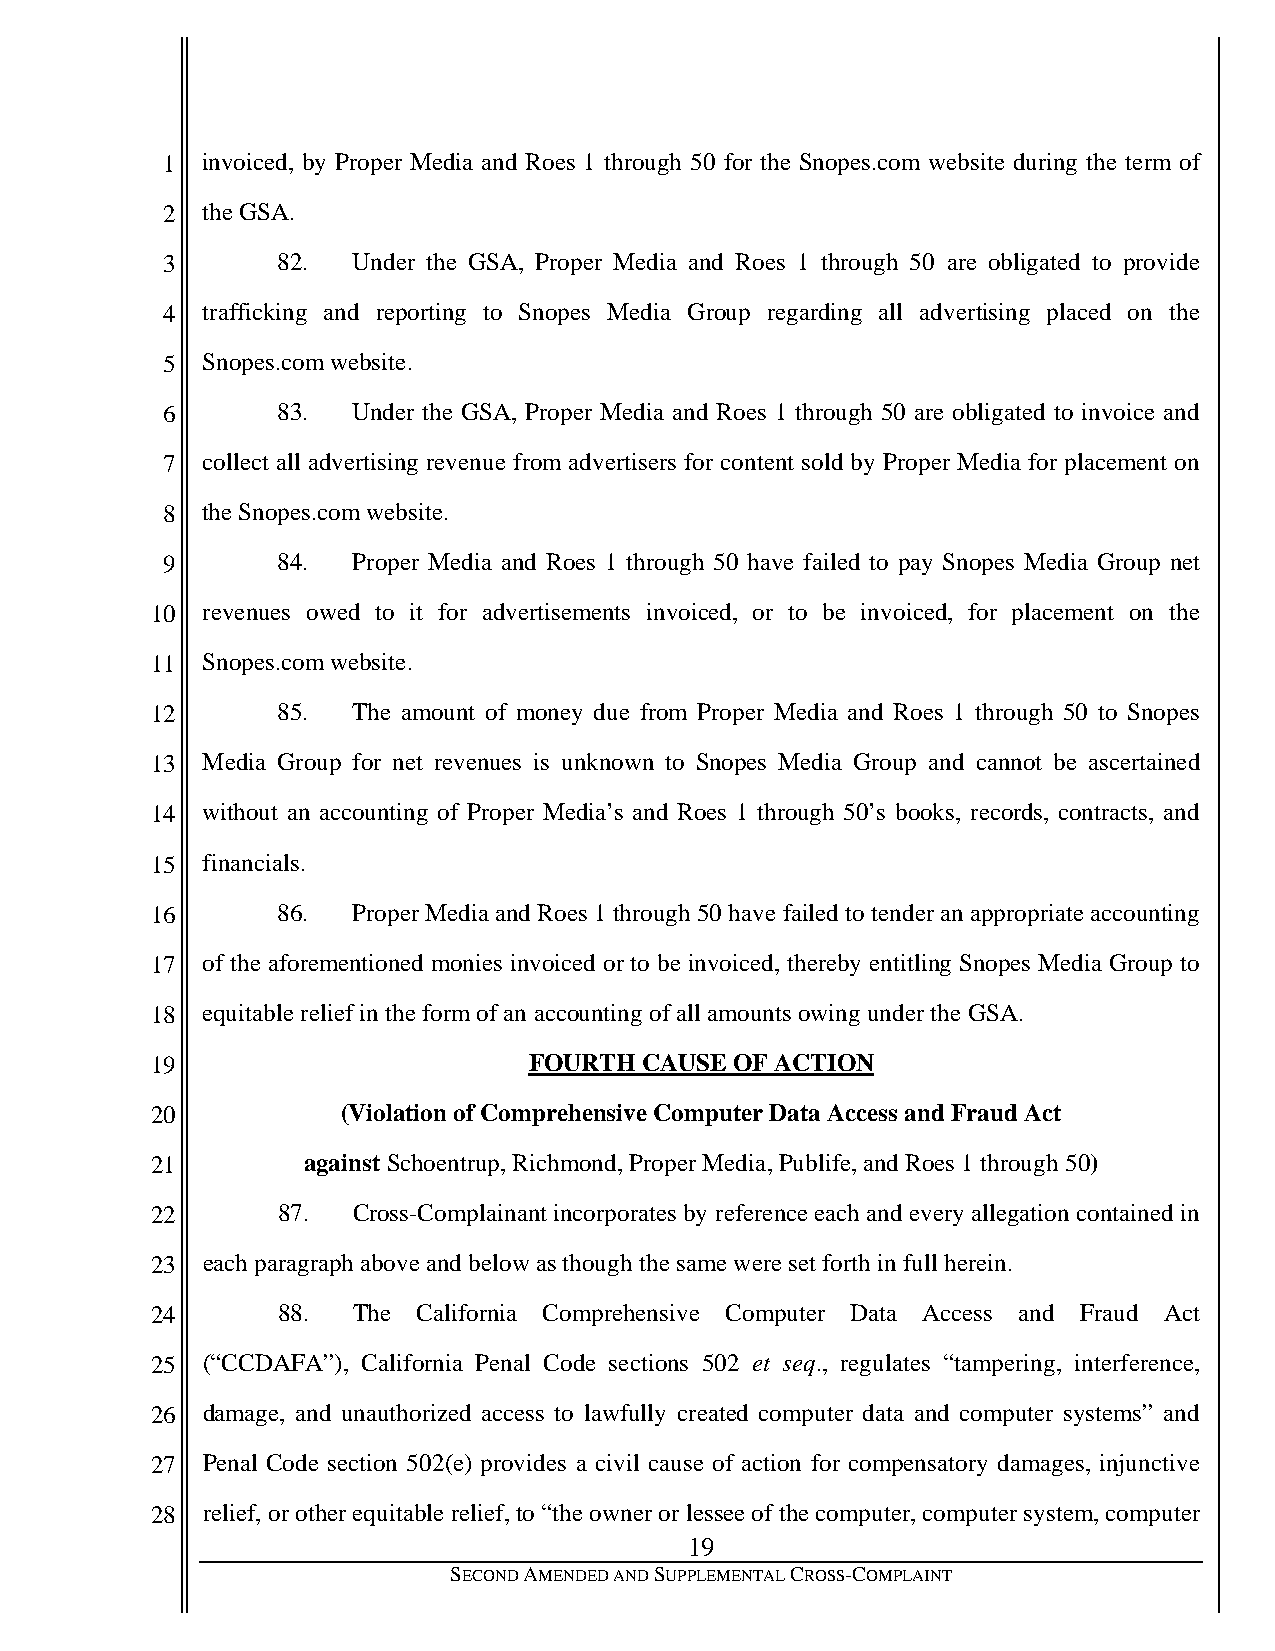
1 invoiced, by Proper Media and Roes 1 through 50 for the Snopes.com website during the term of
 2 the GSA.
 3      82.  Under the GSA, Proper Media and Roes 1 through 50 are obligated to provide
 4 trafficking and reporting to Snopes Media Group regarding all advertising placed on the
 5 Snopes.com website.
 6      83.  Under the GSA, Proper Media and Roes 1 through 50 are obligated to invoice and
 7 collect all advertising revenue from advertisers for content sold by Proper Media for placement on
 8 the Snopes.com website.
 9      84.  Proper Media and Roes 1 through 50 have failed to pay Snopes Media Group net
 10 revenues owed to it for advertisements invoiced, or to be invoiced, for placement on the
 11 Snopes.com website.
 12      85.  The amount of money due from Proper Media and Roes 1 through 50 to Snopes
 13 Media Group for net revenues is unknown to Snopes Media Group and cannot be ascertained
 14 without an accounting of Proper Media’s and Roes 1 through 50’s books, records, contracts, and
 15 financials.
 16      86.  Proper Media and Roes 1 through 50 have failed to tender an appropriate accounting
 17 of the aforementioned monies invoiced or to be invoiced, thereby entitling Snopes Media Group to
 18 equitable relief in the form of an accounting of all amounts owing under the GSA.
 19                       FOURTH CAUSE  OF ACTION
 20           (Violation of Comprehensive Computer Data Access and Fraud Act
 21        against Schoentrup, Richmond, Proper Media, Publife, and Roes 1 through 50)
 22      87.  Cross-Complainant incorporates by reference each and every allegation contained in
 23 each paragraph above and below as though the same were set forth in full herein.
 24      88.  The  California Comprehensive Computer Data Access and Fraud Act
 25 (“CCDAFA”), California Penal Code sections 502 et seq., regulates “tampering, interference,
 26 damage, and unauthorized access to lawfully created computer data and computer systems” and
 27 Penal Code section 502(e) provides a civil cause of action for compensatory damages, injunctive
 28 relief, or other equitable relief, to “the owner or lessee of the computer, computer system, computer
 19
 SECOND AMENDED AND SUPPLEMENTAL CROSS-COMPLAINT